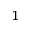
^ 1